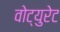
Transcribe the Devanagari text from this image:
वोट्युरेट